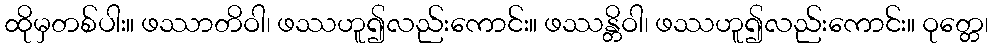
ထိုမှတစ်ပါး။ ဖဿာတိဝါ၊ ဖဿဟူ၍လည်းကောင်း။ ဖဿန္တိဝါ၊ ဖဿဟူ၍လည်းကောင်း။ ဝုတ္တေ၊